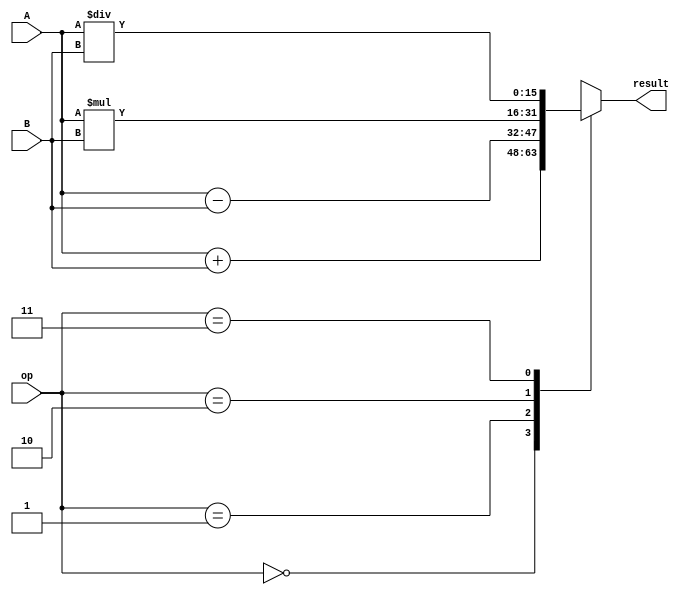
module half_precision_fpu (
    input [15:0] A,
    input [15:0] B,
    input [1:0] op, // operation: 00=addition, 01=subtraction, 10=multiplication, 11=division
    output reg [15:0] result
);

// Components for different arithmetic operations
reg [15:0] add_result, sub_result, mul_result, div_result;
reg [15:0] overflow, underflow, round_error;

// Adder
assign add_result = A + B;

// Subtractor
assign sub_result = A - B;

// Multiplier
assign mul_result = A * B;

// Divider
assign div_result = A / B;

// Overflow handling
always @*
    if (op == 2'b00 && (add_result > 65504 || add_result < -65504))
        overflow = 1;
    else if (op == 2'b01 && (sub_result > 65504 || sub_result < -65504))
        overflow = 1;
    else if (op == 2'b10 && (mul_result > 65504 || mul_result < -65504))
        overflow = 1;
    else if (op == 2'b11 && (div_result > 65504 || div_result < -65504))
        overflow = 1;
    else
        overflow = 0;

// Underflow handling
always @*
    if (op == 2'b00 && (add_result > -65504 && add_result < 65504))
        underflow = 1;
    else if (op == 2'b01 && (sub_result > -65504 && sub_result < 65504))
        underflow = 1;
    else if (op == 2'b10 && (mul_result > -65504 && mul_result < 65504))
        underflow = 1;
    else if (op == 2'b11 && (div_result > -65504 && div_result < 65504))
        underflow = 1;
    else
        underflow = 0;

// Rounding error handling (not implemented in this code)

// Output result based on operation
always @*
begin
    case (op)
        2'b00: result = add_result;
        2'b01: result = sub_result;
        2'b10: result = mul_result;
        2'b11: result = div_result;
        default: result = 16'h0000; // default to 0 if invalid operation
    endcase
end

endmodule